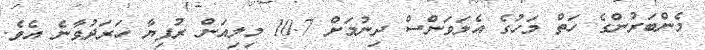
މެންބަރުންގެ ހަތް މަހުގެ އެލަވަންސް ދިނުމަށް 10.7 މިލިއަން ރުފިޔާ ހަރަދުވާނެ އެވެ.